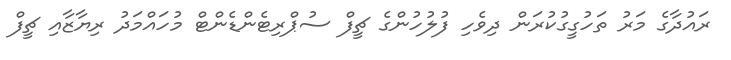
ރައުދާގެ މަރު ތަހުގީގުކުރަން ދިވެހި ފުލުހުންގެ ޗީފް ސުޕްރިޓެންޑެންޓް މުހައްމަދު ރިޔާޒާއި ޗީފް